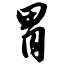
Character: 胃